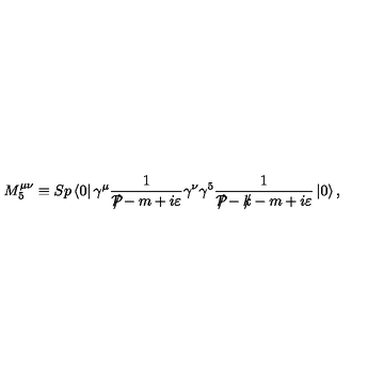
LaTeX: M _ { 5 } ^ { \mu \nu } \equiv S p \left\langle 0 \right| \gamma ^ { \mu } \frac { 1 } { { \cal P } \! \! \! \! / - m + i \varepsilon } \gamma ^ { \nu } \gamma ^ { 5 } \frac { 1 } { { \cal P } \! \! \! \! / - k \! \! \! / - m + i \varepsilon } \left| 0 \right\rangle ,